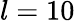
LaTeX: l=10